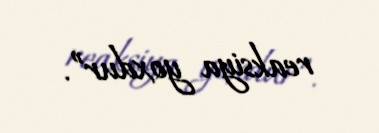
reaksiya yoxdur”.